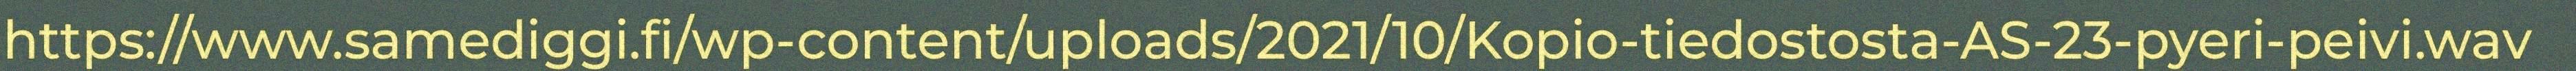
https://www.samediggi.fi/wp-content/uploads/2021/10/Kopio-tiedostosta-AS-23-pyeri-peivi.wav